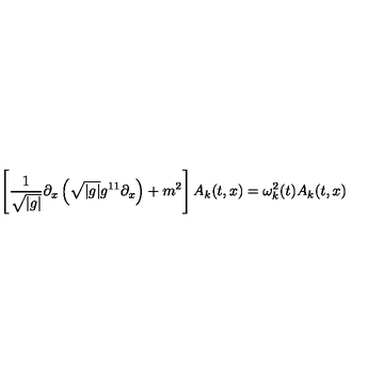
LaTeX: \left[ \frac { 1 } { \sqrt { | g | } } \partial _ { x } \left( \sqrt { | g | } g ^ { 1 1 } \partial _ { x } \right) + m ^ { 2 } \right] A _ { k } ( t , x ) = \omega _ { k } ^ { 2 } ( t ) A _ { k } ( t , x )